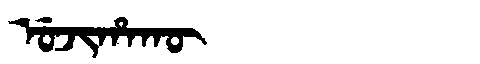
Manchu: ᡠᠵᡳᡥᠠᡴᡡ
Romanization: UJIHAKŪ